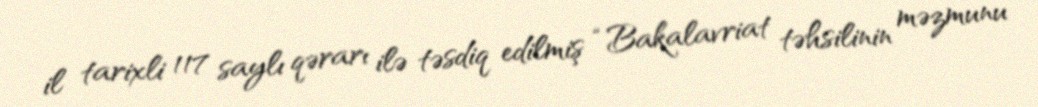
il tarixli 117 saylı qərarı ilə təsdiq edilmiş “Bakalavriat təhsilinin məzmunu